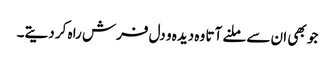
جو بھی ان سے ملنے آتا وہ دیدہ و دل فرش راہ کر دیتے۔